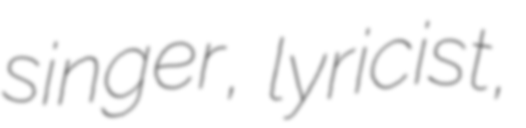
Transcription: singer, lyricist,